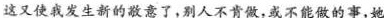
这又使我发生新的敬意了，别人不肯做，或不能做的事，她